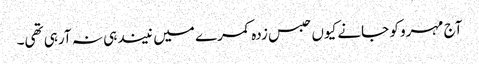
آج مہرو کو جانے کیوں حبس زدہ کمرے میں نیند ہی نہ آرہی تھی۔